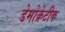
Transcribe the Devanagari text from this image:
डेेमोक्रेटीक